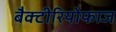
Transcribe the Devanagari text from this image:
बैक्टीरियोफाज